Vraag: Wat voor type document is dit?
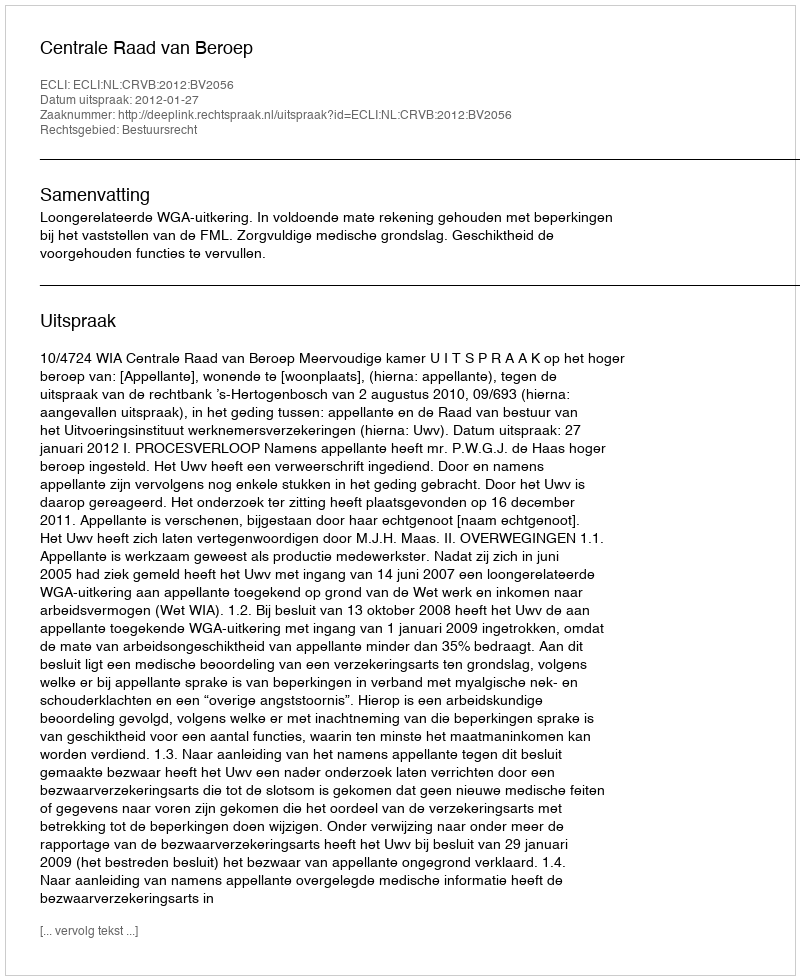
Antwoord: Uitspraak